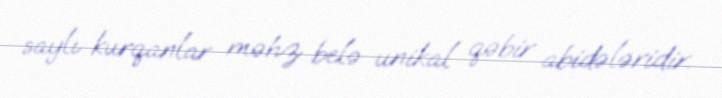
saylı kurqanlar məhz belə unikal qəbir abidələridir.